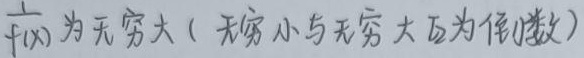
$f(x)$为无穷大（无穷小与无穷大互为倒数）